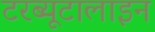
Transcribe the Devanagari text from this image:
टरब्यूटालाइन